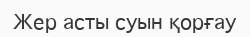
Жер асты суын қорғау